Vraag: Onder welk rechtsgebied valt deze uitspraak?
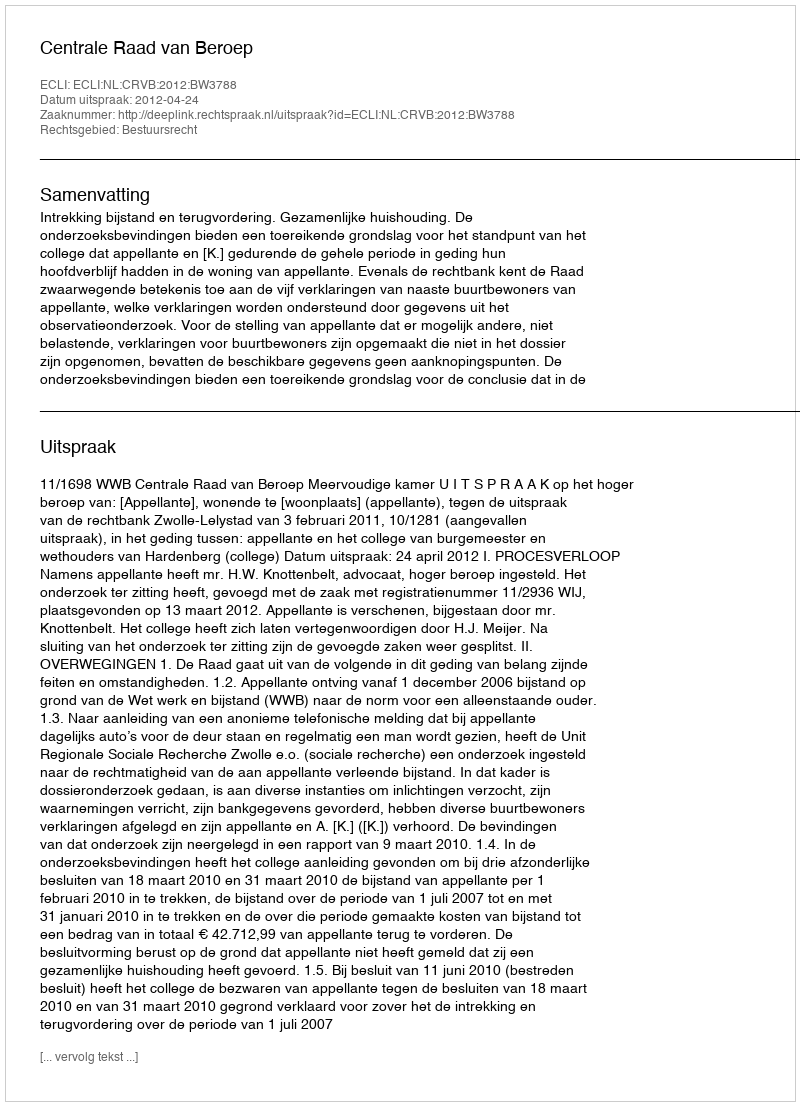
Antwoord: Bestuursrecht